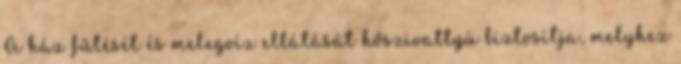
A ház fűtését és melegvíz ellátását hőszivattyú biztosítja, melyhez